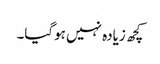
کچھ زیادہ نہیں ہوگیا۔